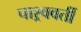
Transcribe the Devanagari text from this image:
पाश्र्ववर्ती